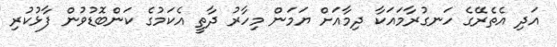
އަދި އެތެރޭގެ ހަނގުރާމައަކާ ދިމާއަށް ޔަމަން މިހާރު ދާތީ އެކަމުގެ ކަންބޮޑުވުން ފާޅުކުރި